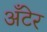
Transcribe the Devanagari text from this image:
अँटेर